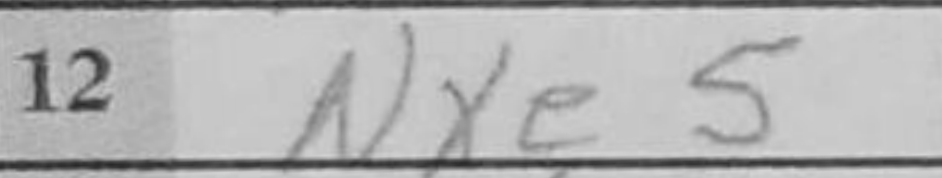
Transcription: Nxe5